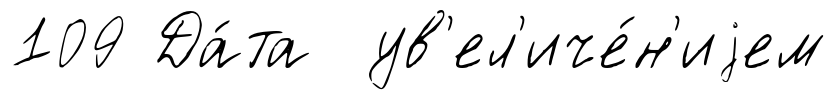
109 Да́та ув'ел'иче́н'иjем